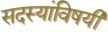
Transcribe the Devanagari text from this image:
सदस्यांविषयी